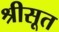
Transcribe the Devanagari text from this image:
श्रीसूत